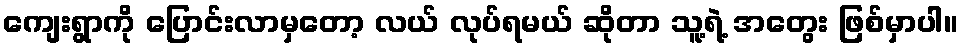
ကျေးရွာကို ပြောင်းလာမှတော့ လယ် လုပ်ရမယ် ဆိုတာ သူ့ရဲ့ အတွေး ဖြစ်မှာပါ။